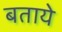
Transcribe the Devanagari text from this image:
बतायेे